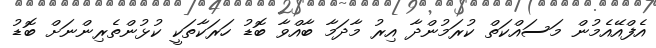
އެފްއޭއެމުން މަސައްކަތް ކުރަމުންދާ އިރު މާދަމާ ބާއްވާ ބޮޑު ހަރަކާތަކީ ކުޅުންތެރިންނަށް ބޮޑު